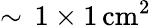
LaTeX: \sim\, 1\times 1\, \mathrm{cm}^{2}